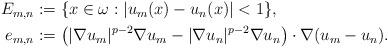
LaTeX: \begin{align*}\begin{aligned}E_{m,n} & := \{x \in \omega : |u_m(x)-u_n(x)| < 1 \},\\e_{m,n} & := \left(|\nabla u_m|^{p-2} \nabla u_m - |\nabla u_n|^{p-2} \nabla u_n\right) \cdot \nabla (u_m-u_n).\end{aligned}\end{align*}